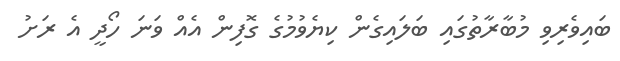
ބައިވެރިވި މުބާރާތުގައި ބަލައިގެން ކިޔެވުމުގެ ގޮފިން އެއް ވަނަ ހޯދީ އެ ރަށު